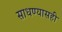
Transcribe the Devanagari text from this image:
साधण्यासही